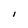
Character: I